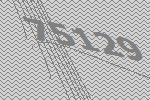
75129